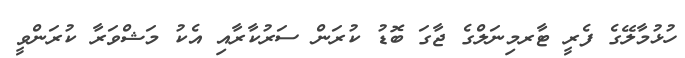
ހުޅުމާލޭގެ ފެރީ ޓާރމިނަލްގެ ޖާގަ ބޮޑު ކުރަން ސަރުކާރާއި އެކު މަޝްވަރާ ކުރަންވީ